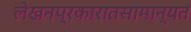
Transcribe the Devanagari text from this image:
लेखनप्रकारातसामान्यत